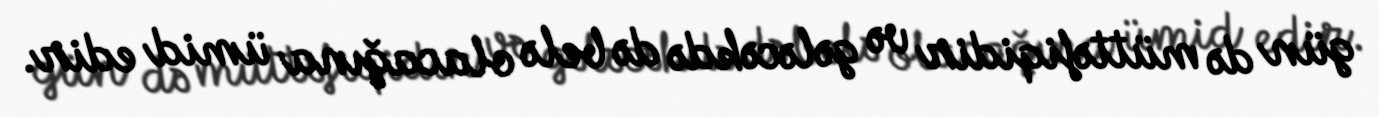
gün də müttəfiqidir və gələcəkdə də belə olacağına ümid edir.